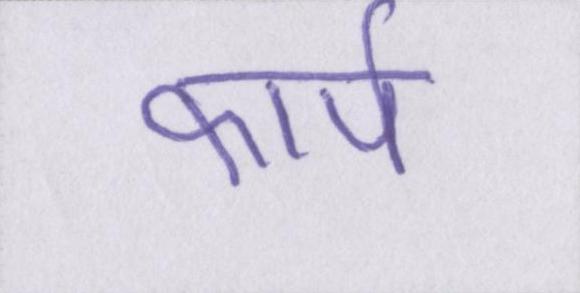
कार्प